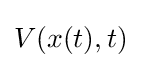
V(x(t),t)